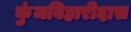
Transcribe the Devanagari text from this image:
कुंजबिहारीदास